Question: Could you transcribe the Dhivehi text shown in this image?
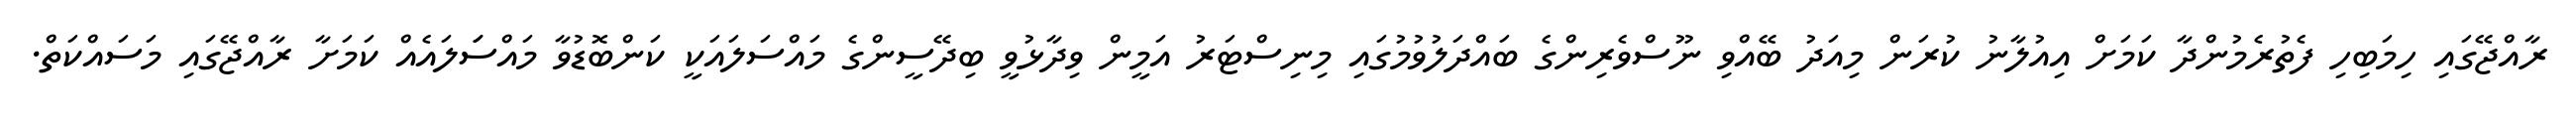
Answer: ރާއްޖޭގައި ހިމަބިހި ފެތުރެމުންދާ ކަމަށް އިއުލާނު ކުރަން މިއަދު ބޭއްވި ނޫސްވެރިންގެ ބައްދަލުވުމުގައި މިނިސްޓަރު އަމީން ވިދާޅުވީ ބިދޭސީންގެ މައްސަލައަކީ ކަންބޮޑުވާ މައްސަަލައެއް ކަމަށާ ރާއްޖޭގައި މަސައްކަތް.